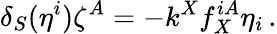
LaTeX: \delta_{S}(\eta^{i})\zeta^{A}=-k^{X}f_{X}^{iA}\eta_{i}\, .